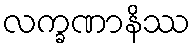
လက္ခဏာနိဿ